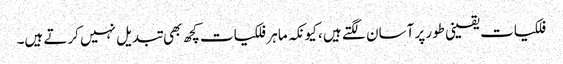
فلکیات یقینی طور پر آسان لگتے ہیں ، کیونکہ ماہر فلکیات کچھ بھی تبدیل نہیں کرتے ہیں۔